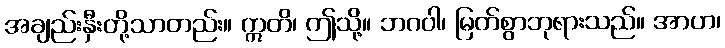
အချည်းနှီးတို့သာတည်း။ ဣတိ၊ ဤသို့။ ဘဂဝါ၊ မြတ်စွာဘုရားသည်။ အာဟ၊